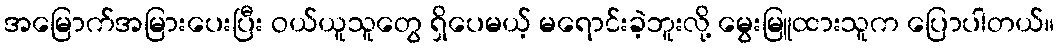
အမြောက်အမြားပေးပြီး ဝယ်ယူသူတွေ ရှိပေမယ့် မရောင်းခဲ့ဘူးလို့ မွေးမြူထားသူက ပြောပါတယ်။